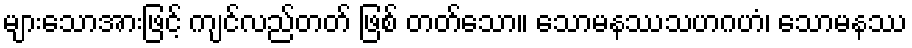
များသောအားဖြင့် ကျင်လည်တတ် ဖြစ် တတ်သော။ သောမနဿသဟဂဟံ၊ သောမနဿ